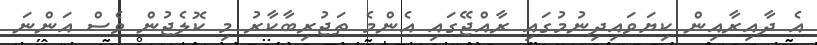
އެ ދާއިރާއިން ކިޔަވައިދިނުމުގައި ރާއްޖޭގައި އެންމެ ތަޖުރިބާކާރު މި ކޮލެޖުން ވެސް އަންނަ